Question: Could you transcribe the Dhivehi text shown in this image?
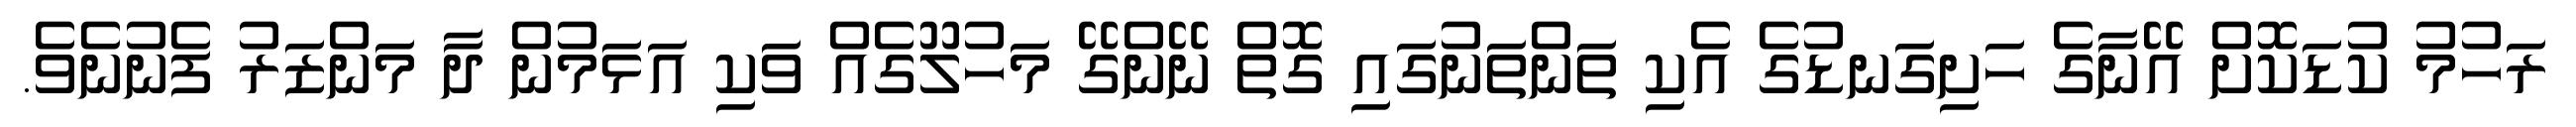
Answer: ރަހުމު ކުޑަކޮށް އޭނާގެ ހަށިގަނޑުގެ އެކި ތަންތަނުގައި ގޮތް ނޭންގޭ މަހުލޫގެއް ވަކި އަޅަމުން ދާ މަންޒަރު ފެނުނެވެ.